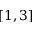
[ 1 , 3 ]